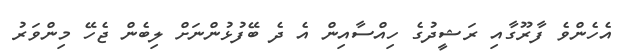
އެހެންވެ ފާރޫގާއި ރަޝީދުގެ ހިއްސާއިން އެ ދެ ބޭފުޅުންނަށް ލިބެން ޖެހޭ މިންވަރު